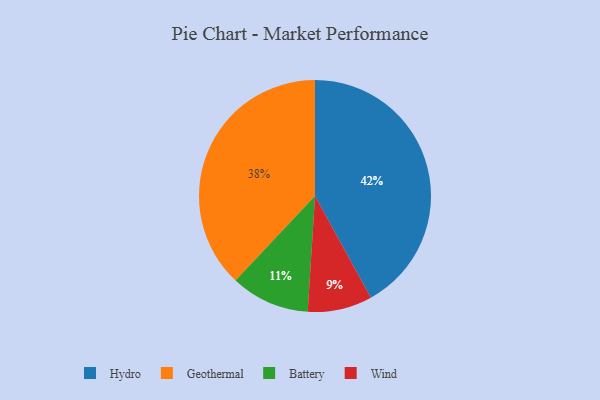
{"axis": {"x": "Category", "y": "Percentage"}, "legend": ["Battery", "Geothermal", "Hydro", "Wind"], "data": [{"x": "Wind", "y": 9, "type": "Wind"}, {"x": "Battery", "y": 11, "type": "Battery"}, {"x": "Geothermal", "y": 38, "type": "Geothermal"}, {"x": "Hydro", "y": 42, "type": "Hydro"}]}